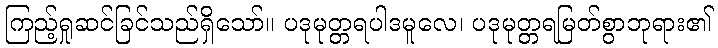
ကြည့်ရှုဆင်ခြင်သည်ရှိသော်။ ပဒုမုတ္တရပါဒမူလေ၊ ပဒုမုတ္တရမြတ်စွာဘုရား၏